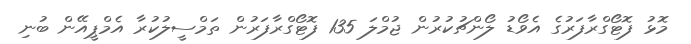
މޮޅު ފޮޓޯގްރާފަރުގެ އެވޯޑު ލޯންޗުކުރުން ޖުމްލަ 135 ފޮޓޯގްރާފަރުން ތަމްސީލުކުރާ އެމްޕީއޭން ބުނި